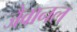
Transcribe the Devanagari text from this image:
जैवानल